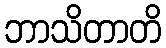
ဘာသိတာတိ